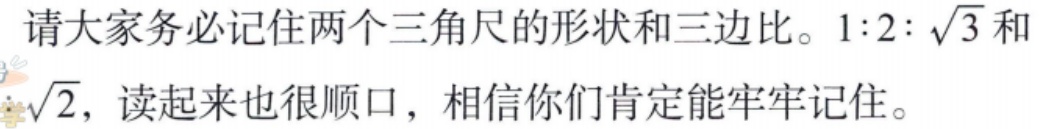
请大家务必记住两个三角尺的形状和三边比。$1:2:\sqrt{3}$和$\sqrt{2}$，读起来也很顺口，相信你们肯定能牢牢记住。